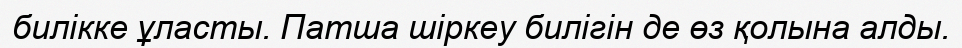
билікке ұласты. Патша шіркеу билігін де өз қолына алды.